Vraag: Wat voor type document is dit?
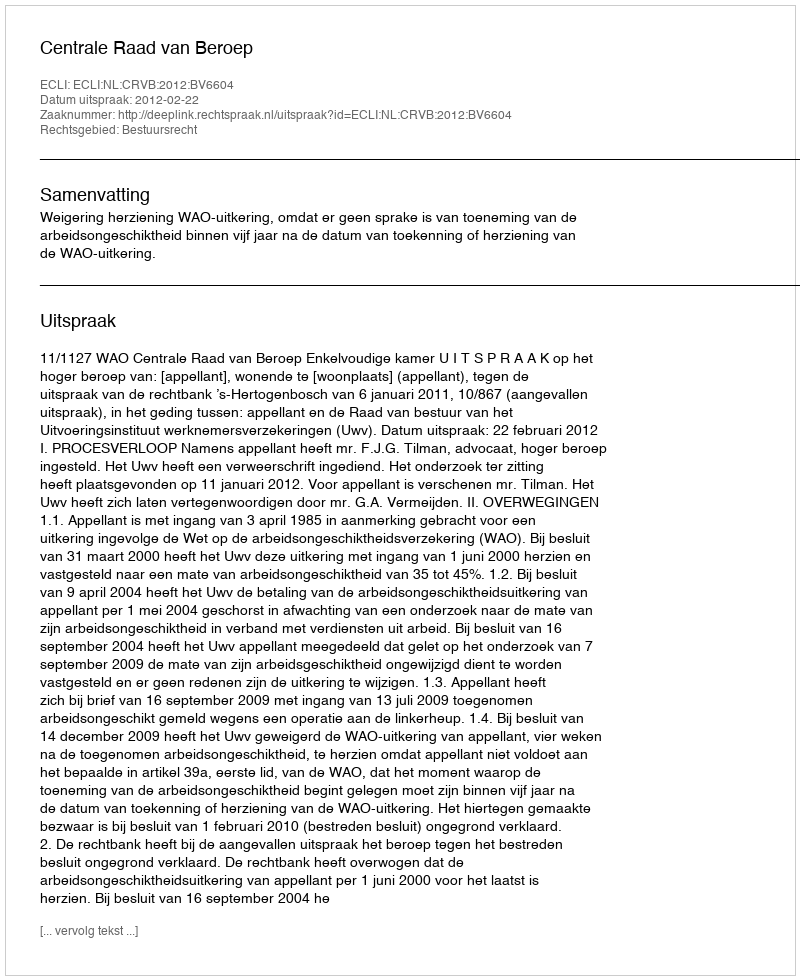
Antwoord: Uitspraak